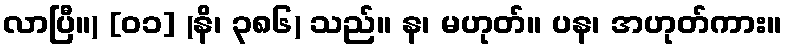
လာပြီ။) [၀၁] (နိ၊ ၃၈၆) သည်။ န၊ မဟုတ်။ ပန၊ အဟုတ်ကား။